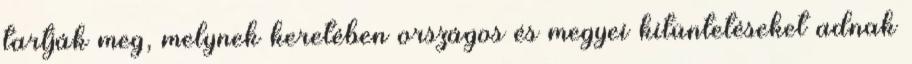
tartják meg, melynek keretében országos és megyei kitüntetéseket adnak